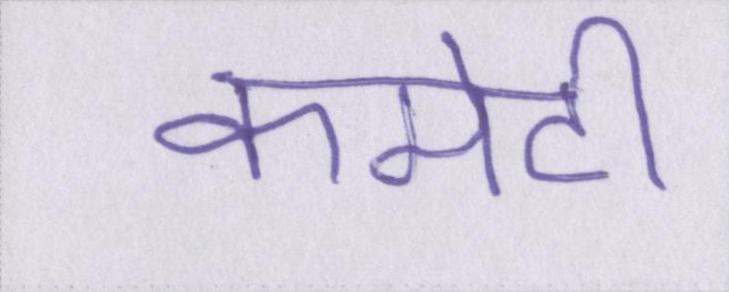
कमेटी